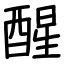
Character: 醒